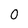
Character: 0